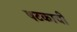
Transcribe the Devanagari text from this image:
षटकाची